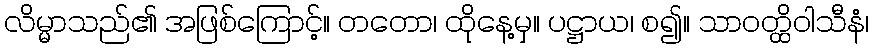
လိမ္မာသည်၏ အဖြစ်ကြောင့်။ တတော၊ ထိုနေ့မှ။ ပဋ္ဌာယ၊ စ၍။ သာဝတ္ထိဝါသီနံ၊